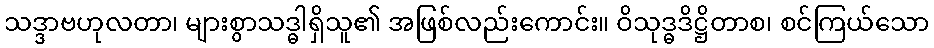
သဒ္ဒာဗဟုလတာ၊ များစွာသဒ္ဓါရှိသူ၏ အဖြစ်လည်းကောင်း။ ဝိသုဒ္ဓဒိဋ္ဌိတာစ၊ စင်ကြယ်သော